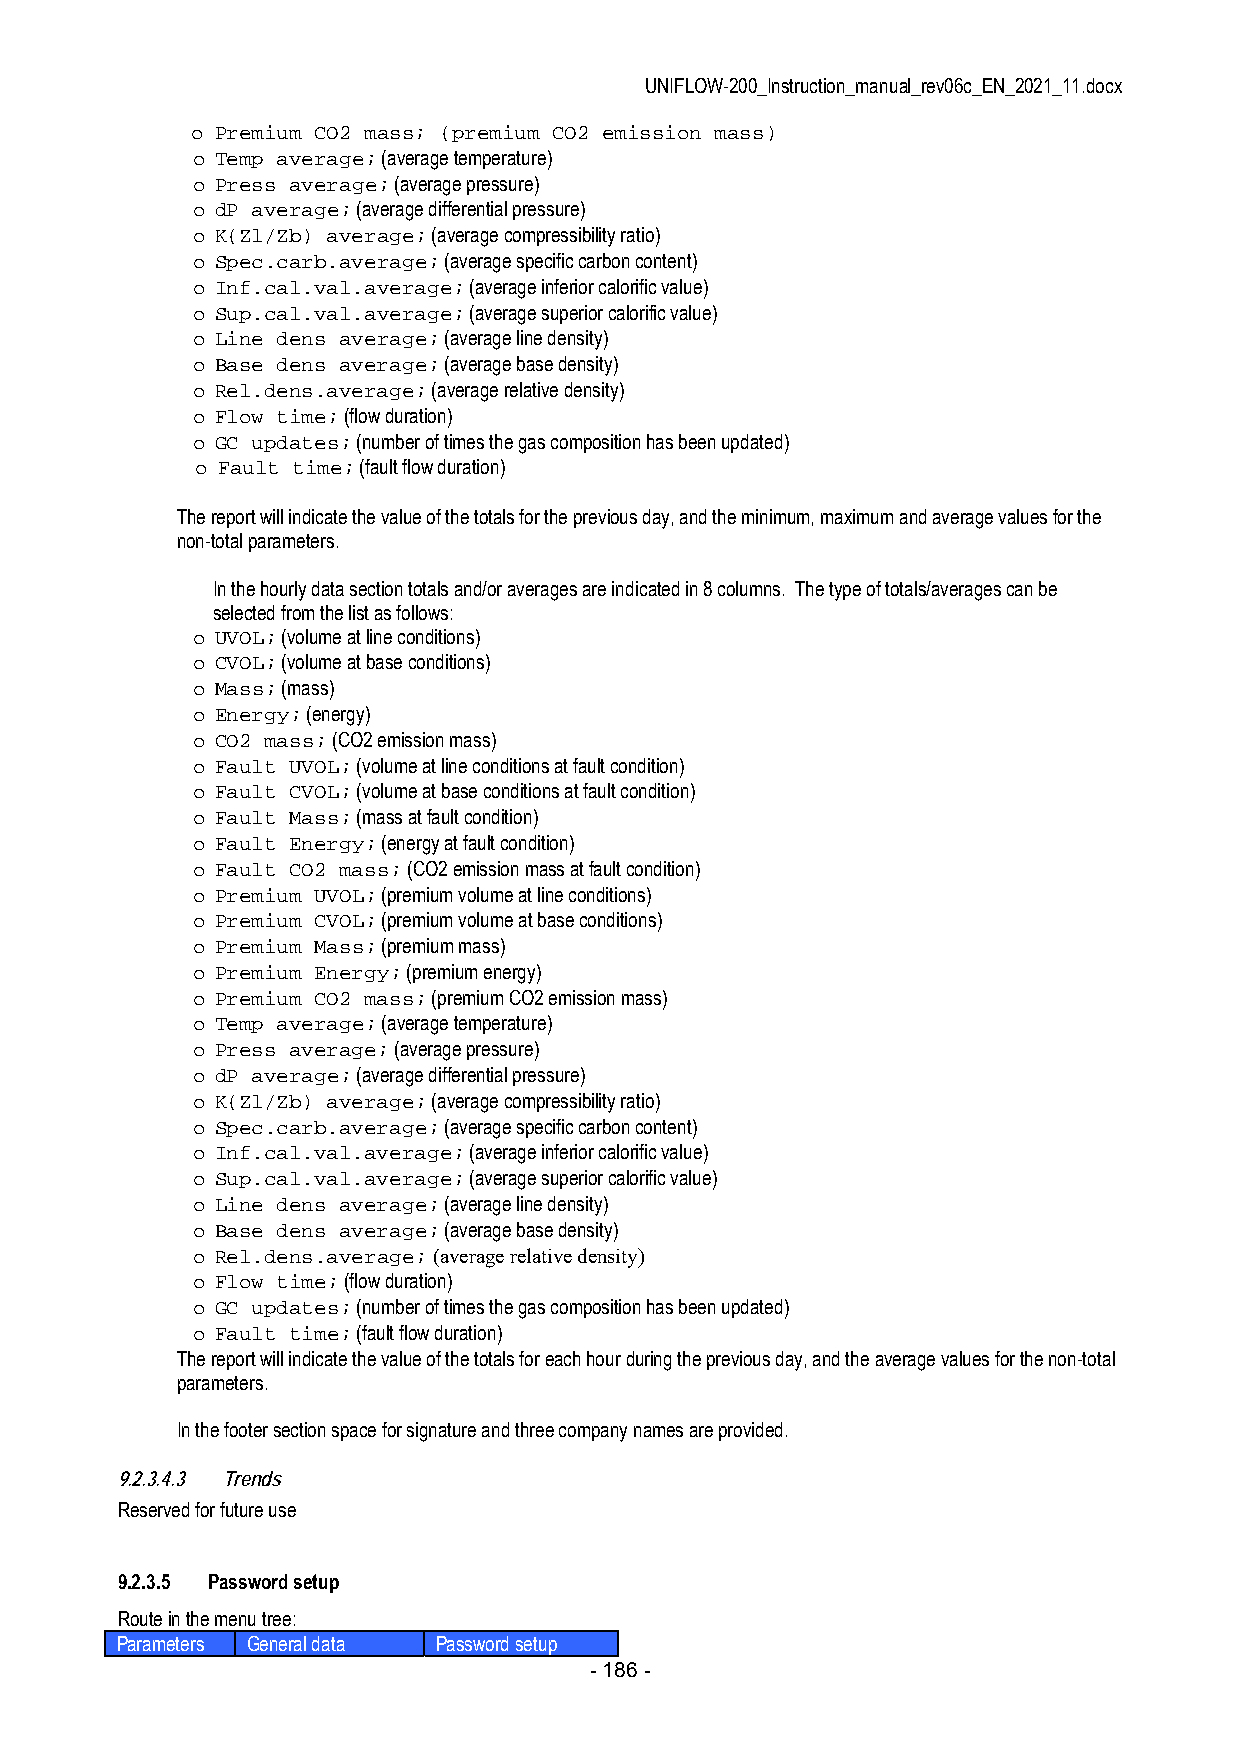
UNIFLOW-200_Instruction_manual_rev06c_EN_2021_11.docx
 o Premium CO2 mass; (premium CO2 emission mass)
 o Temp average; (average temperature)
 o Press average; (average pressure)
 o dP average; (average differential pressure)
 o K(Zl/Zb) average; (average compressibility ratio)
 o Spec.carb.average; (average specific carbon content)
 o Inf.cal.val.average; (average inferior calorific value)
 o Sup.cal.val.average; (average superior calorific value)
 o Line dens average; (average line density)
 o Base dens average; (average base density)
 o Rel.dens.average; (average relative density)
 o Flow time; (flow duration)
 o GC updates; (number of times the gas composition has been updated)
 o Fault time; (fault flow duration)
 The report will indicate the value of the totals for the previous day, and the minimum, maximum and average values for the
 non-total parameters.
 In the hourly data section totals and/or averages are indicated in 8 columns. The type of totals/averages can be
 selected from the list as follows:
 o UVOL; (volume at line conditions)
 o CVOL; (volume at base conditions)
 o Mass; (mass)
 o Energy; (energy)
 o CO2 mass; (CO2 emission mass)
 o Fault UVOL; (volume at line conditions at fault condition)
 o Fault CVOL; (volume at base conditions at fault condition)
 o Fault Mass; (mass at fault condition)
 o Fault Energy; (energy at fault condition)
 o Fault CO2 mass; (CO2 emission mass at fault condition)
 o Premium UVOL; (premium volume at line conditions)
 o Premium CVOL; (premium volume at base conditions)
 o Premium Mass; (premium mass)
 o Premium Energy; (premium energy)
 o Premium CO2 mass; (premium CO2 emission mass)
 o Temp average; (average temperature)
 o Press average; (average pressure)
 o dP average; (average differential pressure)
 o K(Zl/Zb) average; (average compressibility ratio)
 o Spec.carb.average; (average specific carbon content)
 o Inf.cal.val.average; (average inferior calorific value)
 o Sup.cal.val.average; (average superior calorific value)
 o Line dens average; (average line density)
 o Base dens average; (average base density)
 o Rel.dens.average; (average relative density)
 o Flow time; (flow duration)
 o GC updates; (number of times the gas composition has been updated)
 o Fault time; (fault flow duration)
 The report will indicate the value of the totals for each hour during the previous day, and the average values for the non-total
 parameters.
 In the footer section space for signature and three company names are provided.
 9.2.3.4.3 Trends
 Reserved for future use
 9.2.3.5 Password setup
 Route in the menu tree:
 Parameters General data Password setup
 - 186 -